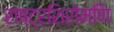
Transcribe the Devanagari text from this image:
राष्ट्रशिरोमणि